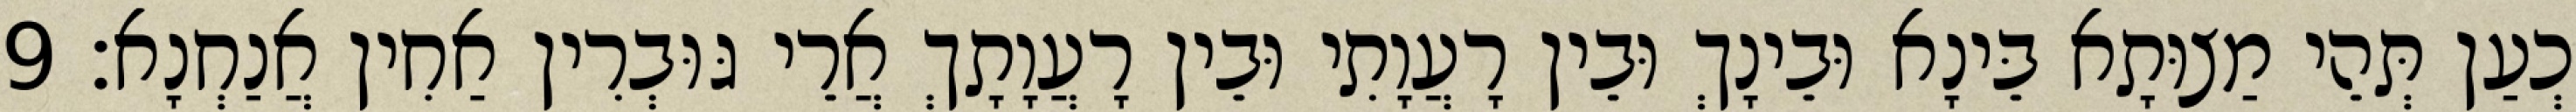
כְעַן תְּהֵי מַצוּתָא בֵּינָא וּבֵינָךְ וּבֵין רָעֲוָתִי וּבֵין רָעֲוָתָךְ אֲרֵי גּוּבְרִין אַחִין אֲנַחְנָא׃ 9